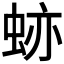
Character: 𧊤